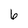
Character: 6